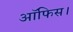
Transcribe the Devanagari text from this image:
आॅफिस।